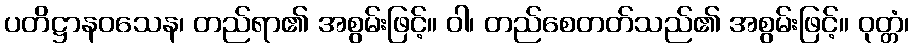
ပတိဋ္ဌာနဝသေန၊ တည်ရာ၏ အစွမ်းဖြင့်။ ဝါ၊ တည်စေတတ်သည်၏ အစွမ်းဖြင့်။ ဝုတ္တံ၊